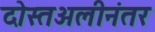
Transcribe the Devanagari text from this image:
दोस्तअलीनंतर